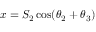
x = S _ { 2 } \cos ( \theta _ { 2 } + \theta _ { 3 } )